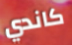
كاندي